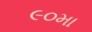
૯૦મા